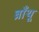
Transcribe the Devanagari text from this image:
ब्राँथू